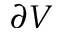
\partial V